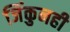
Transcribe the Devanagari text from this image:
जिंकुनही